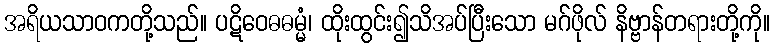
အရိယသာဝကတို့သည်။ ပဋိဝေဓဓမ္မံ၊ ထိုးထွင်း၍သိအပ်ပြီးသော မဂ်ဖိုလ် နိဗ္ဗာန်တရားတို့ကို။